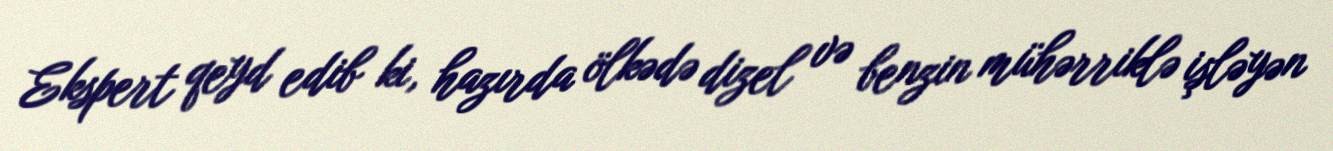
Ekspert qeyd edib ki, hazırda ölkədə dizel və benzin mühərriklə işləyən